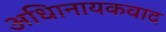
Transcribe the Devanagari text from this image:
अधिानायकवाद